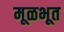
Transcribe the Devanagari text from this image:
मूळभूत